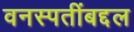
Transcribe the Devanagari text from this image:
वनस्पतींबद्दल